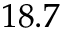
1 8 . 7